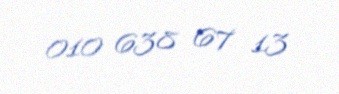
010 638 67 13